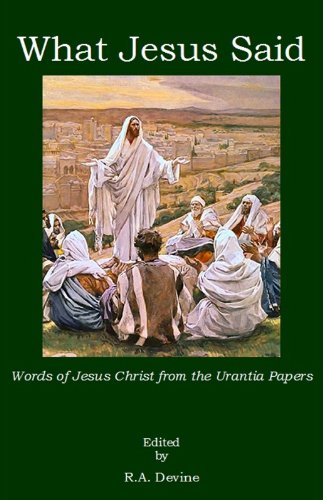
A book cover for What Jesus Said: Words of Jesus Christ from the Urantia Papers; Religion & Spirituality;